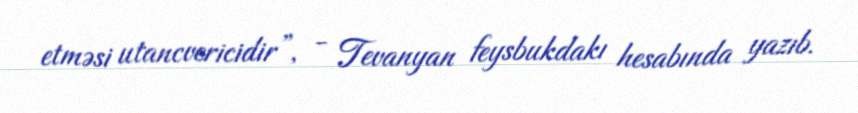
etməsi utancvericidir”, - Tevanyan feysbukdakı hesabında yazıb.